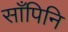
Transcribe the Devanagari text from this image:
साँपिनि